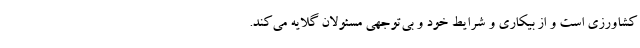
کشاورزی است و از بیکاری و شرایط خود و بی‌توجهی مسئولان گلایه می‌کند.